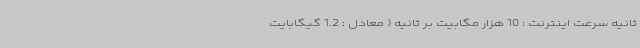
ثانیه سرعت اینترنت : 10 هزار مگابیت بر ثانیه ( معادل : 1.2 گیگابایت